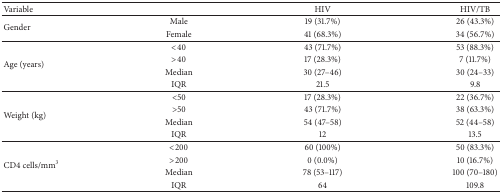
<table><thead><tr><td><b>Variable</b></td><td><b> </b></td><td><b>HIV</b></td><td><b>HIV/TB</b></td></tr></thead><tbody><tr><td rowspan="2">Gender</td><td>Male</td><td>19 (31.7%)</td><td>26 (43.3%)</td></tr><tr><td>Female</td><td>41 (68.3%)</td><td>34 (56.7%)</td></tr><tr><td rowspan="4">Age (years)</td><td>&lt;40 </td><td>43 (71.7%)</td><td>53 (88.3%)</td></tr><tr><td>&gt;40 </td><td>17 (28.3%)</td><td>7 (11.7%)</td></tr><tr><td>Median</td><td>30 (27–46)</td><td>30 (24–33)</td></tr><tr><td>IQR</td><td>21.5</td><td>9.8</td></tr><tr><td rowspan="4">Weight (kg)</td><td>&lt;50</td><td>17 (28.3%)</td><td>22 (36.7%)</td></tr><tr><td>&gt;50</td><td>43 (71.7%)</td><td>38 (63.3%)</td></tr><tr><td>Median</td><td>54 (47–58)</td><td>52 (44–58)</td></tr><tr><td>IQR</td><td>12</td><td>13.5</td></tr><tr><td rowspan="4">CD4 cells/mm<sup>3</sup></td><td>&lt;200</td><td>60 (100%)</td><td>50 (83.3%)</td></tr><tr><td>&gt;200</td><td>0 (0.0%)</td><td>10 (16.7%)</td></tr><tr><td>Median</td><td>78 (53–117)</td><td>100 (70–180)</td></tr><tr><td>IQR</td><td>64</td><td>109.8</td></tr></tbody></table>